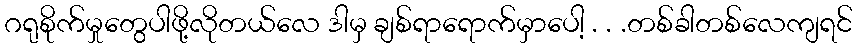
ဂရုစိုက်မှုတွေပါဖို့လိုတယ်လေ ဒါမှ ချစ်ရာရောက်မှာပေါ့ . . .တစ်ခါတစ်လေကျရင်